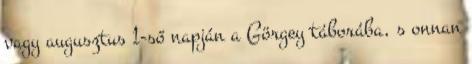
vagy augusztus 1-ső napján a Görgey táborába, s onnan